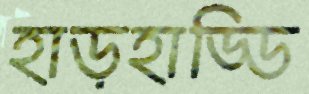
হাড়হাড্ডি